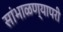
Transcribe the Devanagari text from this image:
सांभाळण्यापरी